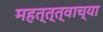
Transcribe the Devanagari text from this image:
महत्त्त्वाच्या